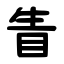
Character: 眚